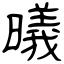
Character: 曦